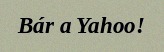
Bár a Yahoo!